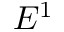
E ^ { 1 }